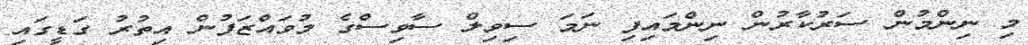
މި ނިންމުން ސަރުކާރުން ނިންމައިފި ނަމަ ސިވިލް ސާވިސްގެ މުވައްޒަފުން އިތުރު ގަޑީގައި